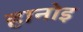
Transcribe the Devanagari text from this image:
हानोइ